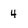
Character: 4